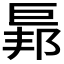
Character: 𢀥